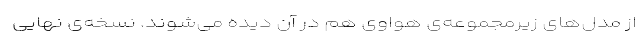
از مدل‌های زیرمجموعه‌ی هواوی هم در آن دیده می‌شوند. نسخه‌ی نهایی